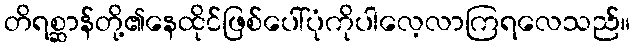
တိရစ္ဆာန်တို့၏နေထိုင်ဖြစ်ပေါ်ပုံကိုပါလေ့လာကြရလေသည်။